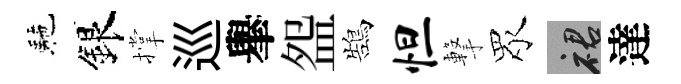
駰銀撑巡𦦙盌鵠怛撃眾裙達